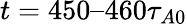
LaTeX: t=450–460\tau_{A0}